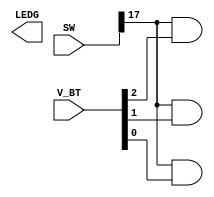
module exemplo3 (SW, V_BT, LEDG);
input wire [0:17] SW;
input wire [0:2] V_BT;
output wire [0:8] LEDG;

assign LEDG[0] = SW[0] & V_BT[0];
assign LEDG[1] = SW[0] & V_BT[1];
assign LEDG[2] = SW[0] & V_BT[2];

endmodule